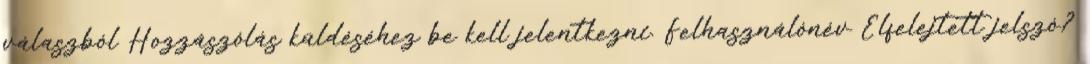
válaszból Hozzászólás küldéséhez be kell jelentkezni. Felhasználónév Elfelejtett jelszó?